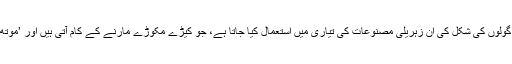
: یہ کیمیائی مادہ گولوں کی شکل کی ان زہریلی مصنوعات کی تیاری میں استعمال کیا جاتا ہے، جو کیڑے مکوڑے مارنے کے کام آتی ہیں اور ’موتھ بالز‘ کہلاتی ہیں۔